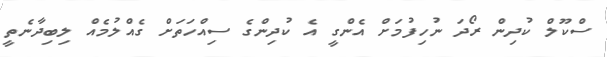
ސްކޫލް ކުދިން ރޯދަ ނުހިފުމަށް އެންގީ އެ ކުދިންގެ ސިއްހަތަށް ގެއްލުމެއް ލިބިދާނެތީ